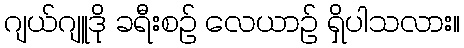
ဂျယ်ဂျူဒို ခရီးစဉ် လေယာဉ် ရှိပါသလား။